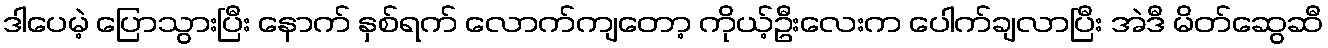
ဒါပေမဲ့ ပြောသွားပြီး နောက် နှစ်ရက် လောက်ကျတော့ ကိုယ့်ဦးလေးက ပေါက်ချလာပြီး အဲဒီ မိတ်ဆွေဆီ